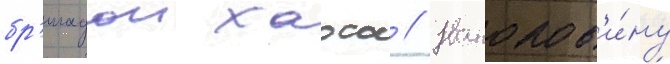
бр'игадои хаоса // Наполов'и́ну